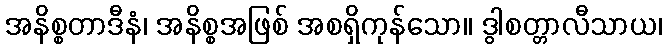
အနိစ္စတာဒီနံ၊ အနိစ္စအဖြစ် အစရှိကုန်သော။ ဒွါစတ္တာလီသာယ၊